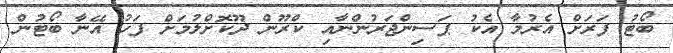
ބޯޓު ފަރަށް އެރުމާ އެކު ޕަސިންޖަރުންނާއި ކްރޫން ދޫކޮށްލުމަށް ފަހު އޭނާ ބޯޓުން